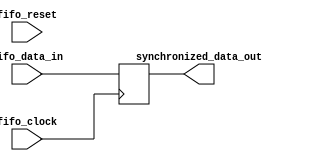
module asynchronous_fifo_synchronizer (
    input wire fifo_clock,
    input wire fifo_reset,
    input wire fifo_data_in,
    output reg synchronized_data_out
);

// Control unit
always @(posedge fifo_clock or posedge fifo_reset) begin
    if (fifo_reset) begin
        // Reset control unit state
        // Implement any necessary timing constraints or protocols
    end else begin
        // Manage timing of data transfer
        // Coordinate clock signals and data handshaking signals
    end
end

// Synchronization unit
always @(posedge fifo_clock or posedge fifo_reset) begin
    if (fifo_reset) begin
        // Reset synchronization unit state
        // Implement any necessary synchronization techniques
    end else begin
        // Maintain proper data synchronization
        // Handle differences in clock domains or signal timings
        // Implement double or synchronizer techniques to avoid metastability
    end
end

// Output synchronized data
always @(posedge fifo_clock) begin
    synchronized_data_out <= fifo_data_in;
end

endmodule